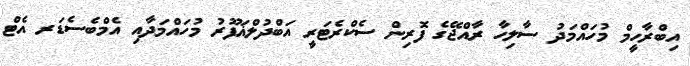
އިބްރާހީމް މުހައްމަދު ސާލިހާ ރާއްޖޭގެ ފޮރިން ސެކްރެޓަރީ އަބްދުލްޣަފޫރު މުހައްމަދާއި އެމްބެސެޑަރ އެޓް